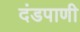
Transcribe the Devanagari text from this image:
दंडपाणी